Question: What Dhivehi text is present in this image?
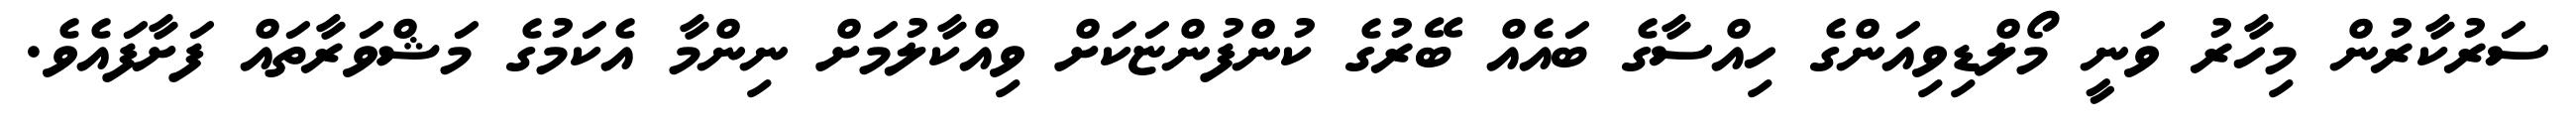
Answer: ސަރުކާރުން މިހާރު ވަނީ މޯލްޑިވިއަންގެ ހިއްސާގެ ބައެއް ބޭރުގެ ކުންފުންޏަކަށް ވިއްކާލުމަށް ނިންމާ އެކަމުގެ މަޝްވަރާތައް ފަށާފައެވެ.